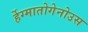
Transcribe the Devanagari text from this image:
र्हेग्मातोगेनोउस